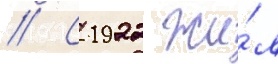
// С 1922 жи́л